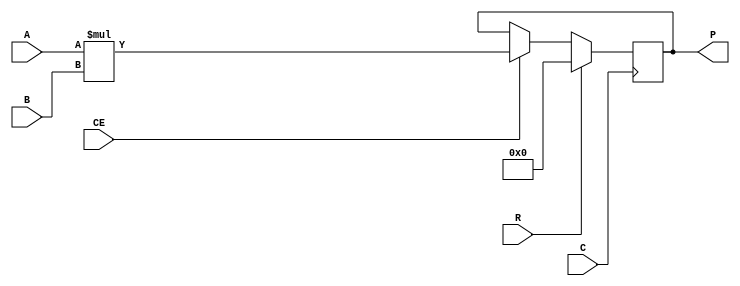
module MULT18X18S
  (output reg signed [35:0] P,
   input signed [17:0] A,
   input signed [17:0] B,
   input C,    // Clock
   input CE,   // Clock Enable
   input R     // Synchronous Reset
   );
   
   always @(posedge C)
     if(R)
       P <= 36'sd0;
     else if(CE)
       P <= A * B;

endmodule